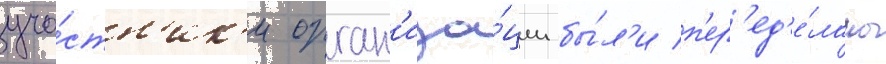
уча́стн'ик'и орган'иза́ции бы́л'и п'ер'ед'е́ланы